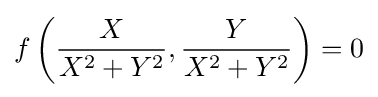
f\left({\frac {X}{X^{2}+Y^{2}}},{\frac {Y}{X^{2}+Y^{2}}}\right)=0